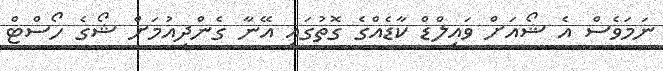
ނަމަވެސް އެ ޝޯއަށް ވައިލްޑް ކާޑެއްގެ ގޮތުގައި އޭނާ ގެންދިއުމަށް ޝޯގެ ހޯސްޓް